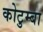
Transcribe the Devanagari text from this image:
कोटुम्बा